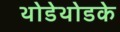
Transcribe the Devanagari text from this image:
थोडेथोडके